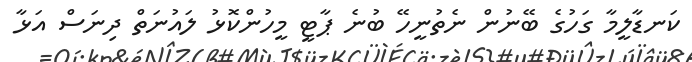
ކަނޑާލީމާ ގަހުގެ ބޭނުން ނެތުނީހޭ ބުނެ ޕާޓީ މީހުންކޮޅު ލައުނަތް ދިނަސް އަޅާ